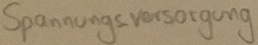
Text: Spannungsversorgung